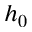
h _ { 0 }